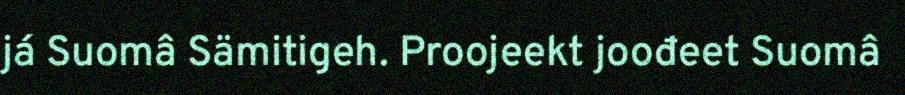
já Suomâ Sämitigeh. Proojeekt joođeet Suomâ